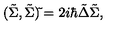
( \tilde { \Sigma } , \tilde { \Sigma } ) \tilde { } = 2 i \hbar \tilde { \Delta } \tilde { \Sigma } ,